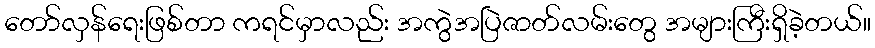
တော်လှန်ရေးဖြစ်တာ ကရင်မှာလည်း အကွဲအပြဲဇာတ်လမ်းတွေ အများကြီးရှိခဲ့တယ်။